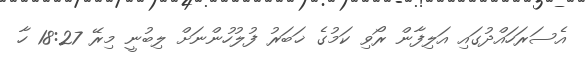
އެސަރަހައްދުގައި އަލިފާން ރޯވި ކަމުގެ ޚަބަރު ފުލުހުންނަށް ލިބުނީ މިރޭ 18:27 ހާ